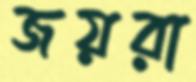
জয়রা